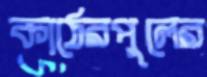
কাঠেরপুলের